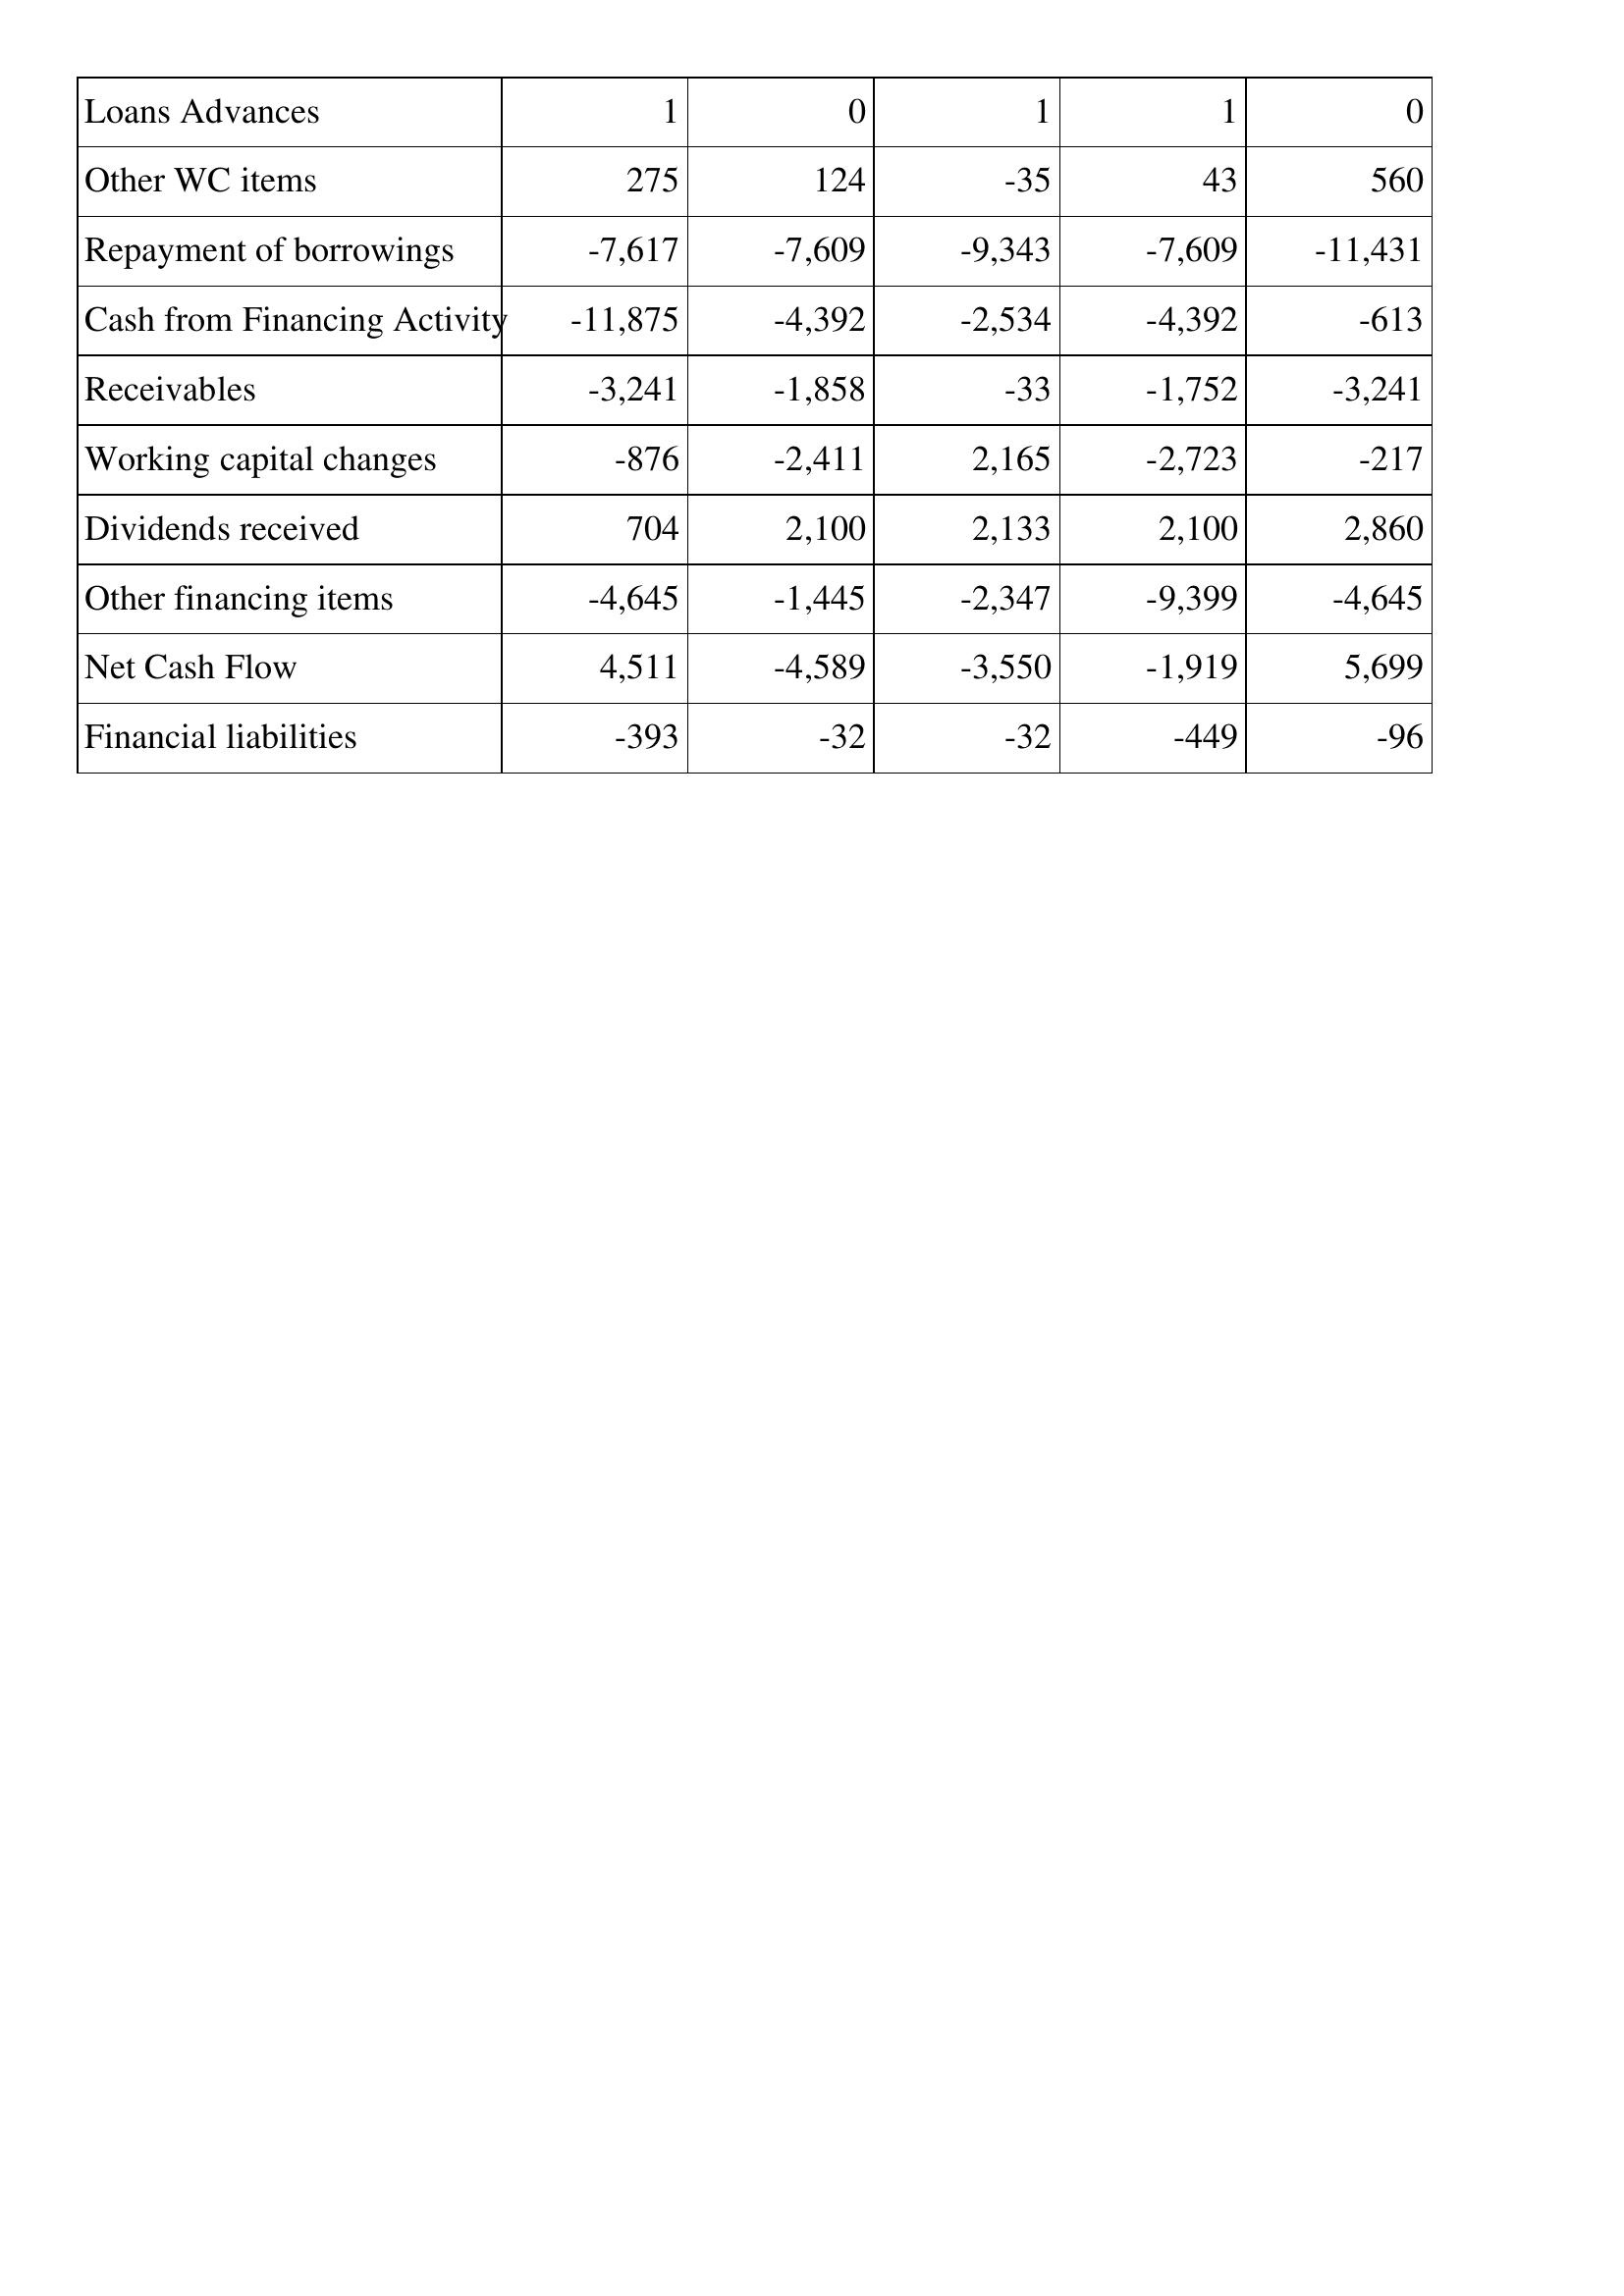
Apr-01: Cash Flows: Loans Advances: 1
Other WC items: 275
Repayment of borrowings: -7,617
Cash from Financing Activity: -11,875
Receivables: -3,241
Working capital changes: -876
Dividends received: 704
Other financing items: -4,645
Net Cash Flow: 4,511
Financial liabilities: -393
Apr-00: Cash Flows: Loans Advances: 0
Other WC items: 124
Repayment of borrowings: -7,609
Cash from Financing Activity: -4,392
Receivables: -1,858
Working capital changes: -2,411
Dividends received: 2,100
Other financing items: -1,445
Net Cash Flow: -4,589
Financial liabilities: -32
Apr-99: Cash Flows: Loans Advances: 1
Other WC items: -35
Repayment of borrowings: -9,343
Cash from Financing Activity: -2,534
Receivables: -33
Working capital changes: 2,165
Dividends received: 2,133
Other financing items: -2,347
Net Cash Flow: -3,550
Financial liabilities: -32
Apr-98: Cash Flows: Loans Advances: 1
Other WC items: 43
Repayment of borrowings: -7,609
Cash from Financing Activity: -4,392
Receivables: -1,752
Working capital changes: -2,723
Dividends received: 2,100
Other financing items: -9,399
Net Cash Flow: -1,919
Financial liabilities: -449
Apr-97: Cash Flows: Loans Advances: 0
Other WC items: 560
Repayment of borrowings: -11,431
Cash from Financing Activity: -613
Receivables: -3,241
Working capital changes: -217
Dividends received: 2,860
Other financing items: -4,645
Net Cash Flow: 5,699
Financial liabilities: -96